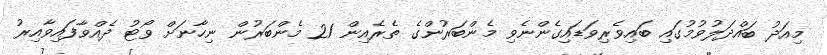
މިއަދު ބައްދަލުވުމުގައި ބައިވެރިވަޑައިގެންނެވި މެންބަރުންގެ ތެރެއިން 21 މެންބަރުން ނިހާނަށް ވޯޓު ދެއްވާފައިވާއިރު